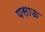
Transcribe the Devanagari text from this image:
पसाऊ